Report on the lunatic asylums under the Government of Bombay - 1904-1913
Year: 1904
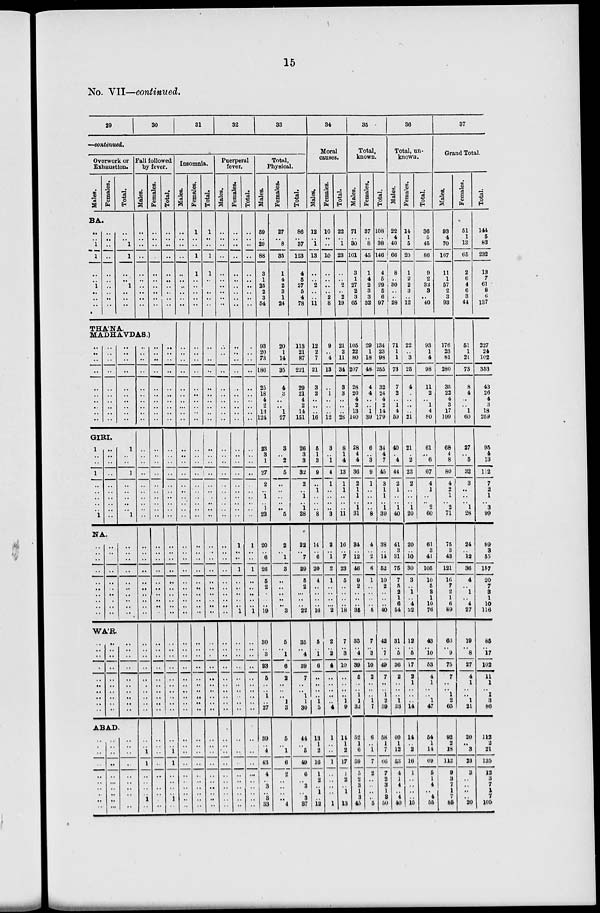
15
No. VII—continued.
29
30
31
32
33
—continued.
Overwork or
Exhaustion.
Males.
Females.
Total.
BA.
..
..
1
1
..
..
1
..
..
..
..
..
..
..
..
..
..
..
..
..
..
..
1
1
..
..
1
..
..
..
Fall followed
by fever.
Males.
..
..
..
..
..
..
..
..
..
..
THA'NA.
MADHAVDAS.)
..
..
..
..
..
..
..
..
..
..
..
..
..
..
..
..
..
..
..
..
..
..
..
..
..
..
..
..
..
..
GIRI.
1
..
..
1
..
..
..
..
..
1
..
..
..
..
..
..
..
..
..
..
1
..
..
1
..
..
..
..
..
1
NA.
..
..
..
..
..
..
..
..
..
..
..
..
..
..
..
..
..
..
..
..
..
..
..
..
..
..
..
..
..
..
WA'R.
..
..
..
..
..
..
..
..
..
..
..
..
..
..
..
..
..
..
..
..
..
..
..
..
..
..
..
..
..
..
ABAD.
..
..
..
..
..
..
..
..
..
..
..
..
..
..
..
..
..
..
..
..
..
..
..
..
..
..
..
..
..
..
..
..
..
..
..
..
..
..
..
..
..
..
..
..
..
..
..
..
..
..
..
..
..
..
..
..
..
..
..
..
..
..
..
..
..
..
..
..
..
..
..
..
1
1
..
..
..
..
1
..
Females.
..
..
..
..
..
..
..
..
..
..
..
..
..
..
..
..
..
..
..
..
..
..
..
..
..
..
..
..
..
..
..
..
..
..
..
..
..
..
..
..
..
..
..
..
..
..
..
..
..
..
..
..
..
..
..
..
..
..
..
..
Total.
..
..
..
..
..
..
..
..
..
..
..
..
..
..
..
..
..
..
..
..
..
..
..
..
..
..
..
..
..
..
..
..
..
..
..
..
..
..
..
..
..
..
..
..
..
..
..
..
..
..
..
1
1
..
..
..
..
1
..
Insomnia.
Males.
..
..
..
..
..
..
..
..
..
..
..
..
..
..
..
..
..
..
..
..
..
..
..
..
..
..
..
..
..
..
..
..
..
..
..
..
..
..
..
..
..
..
..
..
..
..
..
..
..
..
..
..
..
..
..
..
..
..
..
..
Females.
1
..
..
1
1
..
..
..
..
..
..
..
..
..
..
..
..
..
..
..
..
..
..
..
..
..
..
..
..
..
..
..
..
..
..
..
..
..
..
..
..
..
..
..
..
..
..
..
..
..
..
..
..
..
..
..
..
..
..
..
Total.
1
..
..
1
1
..
..
..
..
..
..
..
..
..
..
..
..
..
..
..
..
..
..
..
..
..
..
..
..
..
..
..
..
..
..
..
..
..
..
..
..
..
..
..
..
..
..
..
..
..
..
..
..
..
..
..
..
..
..
..
Puerperal
fever.
Males.
..
..
..
..
..
..
..
..
..
..
..
..
..
..
..
..
..
..
..
..
..
..
..
..
..
..
..
..
..
..
..
..
..
..
..
..
..
..
..
..
..
..
..
..
..
..
..
..
..
..
..
..
..
..
..
..
..
..
..
..
Females.
..
..
..
..
..
..
..
..
..
..
..
..
..
..
..
..
..
..
..
..
..
..
..
..
..
..
..
..
..
..
1
..
..
1
..
..
..
..
..
1
..
..
..
..
..
..
..
..
..
..
..
..
..
..
..
..
..
..
..
..
Total.
..
..
..
..
..
..
..
..
..
..
..
..
..
..
..
..
..
..
..
..
..
..
..
..
..
..
..
..
..
..
1
..
..
1
..
..
..
..
..
1
..
..
..
..
..
..
..
..
..
..
..
..
..
..
..
..
..
..
..
..
Total,
Physical.
Males.
59
..
29
88
3
1
25
2
3
54
93
20
73
186
25
18
4
2
13
124
23
3
1
27
2
..
1
..
1
23
20
..
6
26
5
2
..
..
..
19
30
.. 3
33
5
..
..
1
..
27
39
..
4
43
4
..
3
..
3
33
Females.
27
..
8
35
1
4
2
3
1
24
20
1
14
35
4
3
..
..
1
27
3
..
2
5
..
..
..
..
..
5
2
..
1
3
..
..
..
..
..
3
5
.. 1
6
2
..
..
..
1
3
5
..
1
6
2
..
..
..
..
4
Total.
86
..
37
123
4
5
27
5
4
78
113
21
87
221
29
21
4
2
14
151
26
3
3
32
2
..
1
..
1
28
22
..
7
29
5
2
..
..
..
22
35
.. 4
39
7
..
..
1
1
30
44
..
5
49
6
..
3
..
3
37
34
Moral
causes.
Males.
12
..
1
13
..
..
2
..
. .
11
12
2
7
21
3
2
..
..
..
16
5
1
3
9
..
1
..
..
..
8
14
..
6
20
4
..
..
..
..
16
5
.. 1
6
..
..
..
..
1
5
13
1
2
16
1
2
.. 1
..
12
Females.
10
..
..
10
..
..
..
..
2
8
9
..
4
13
..
1
..
..
..
12
3
..
1
4
1
..
..
..
..
3
2
..
1
3
1
..
..
..
..
2
2
.. 2
4
..
..
..
..
..
4
1
..
..
1
..
..
..
..
..
1
Total.
22
..
1
23
..
..
2
..
2
19
21
2
11
34
3
3
..
..
..
28
8
1
4
13
1
1
..
..
..
11
16
..
7
23
5
..
..
..
..
18
7
.. 3
10
..
..
..
..
1
9
14
1
2
17
1
2
.. 1
..
13
35
Total,
known.
Males.
71
..
30
101
3
1
27
2
3
65
105
22
80
207
28
20
4
2
13
140
28
4
4
36
2
1
1
..
1
31
34
..
12
46
9
2
..
..
..
35
35
.. 4
39
5
..
..
1
1
32
52
1
6
59
5
2
3
1
3
45
Females.
37
..
8
45
1
4
2
3
3
32
29
1
18
48
4
4
..
1
39
6
..
3
9
1
..
..
..
..
8
4
..
2
6
1
..
..
..
..
5
7
.. 3
10
2
..
..
..
1
7
6
..
1
7
2
..
..
..
..
5
Total.
108
..
38
146
4
5
29
5
6
97
134
23
98
255
32
24
4
2
14
179
34
4
7
45
3
1
1
..
1
39
38
..
14
52
10
2
..
..
..
40
42
.. 7
49
7
..
..
1
2
39
58
1
7
66
7
2
3
1
3
50
36
Total, un-
known.
Males.
22
4
40
66
8
..
30
..
..
28
71
1
1
73
7
2
..
1
4
59
40
..
4
44
2
1
..
..
1
40
41
3
31
75
7
5
2
1
6
54
31
.. 5
36
2
..
..
..
1
33
40
1
12
53
4
1
4
..
4
40
Females.
14
1
5
20
1
2
2
3
..
12
22
..
3
25
4
..
..
..
..
21
21
..
2
23
2
..
..
..
1
20
20
..
10
30
3
..
1
..
4
22
12
.. 5
17
2
1
..
..
..
14
14
..
2
16
1
..
..
..
..
15
Total.
36
5
45
86
9
2
32
3
..
40
93
1
4
98
11
2
..
1
4
80
61
..
6
67
4
1
..
..
2
60
61
3
41
105
10
5
3
1
10
76
43
.. 10
53
4
1
..
..
1
47
54
1
14
69
5
1
4
..
4
55
37
Grand Total.
Males.
93
4
70
167
11
1
57
2
3
93
176
23
81
280
35
22
4
3
17
199
68
4
8
80
4
2
1
..
2
71
75
3
43
121
16
7
2
1
6
89
66
.. 9
75
7
..
..
1
2
65
92
2
18
112
9
3
7
1
7
85
Females.
51
1
13
65
2
6
4
6
3
44
51
1
21
73
8
4
..
..
1
60
27
..
5
32
3
..
..
..
1
28
24
..
12
36
4
..
1
..
4
27
19
.. 8
27
4
1
..
..
1
21
20
..
3
23
3
..
..
..
..
20
Total.
144
5
83
232
13
7
61
8
6
137
227
24
102
353
43
26
4
3
18
259
95
4
13
112
7
2
1
..
3
99
99
3
55
157
20
7
3
1
10
116
85
.. 17
102
11
1
..
1
3
86
112
2
21
135
12
3
7
1
7
105